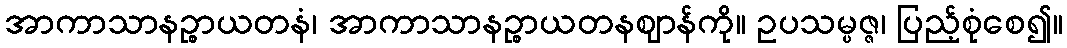
အာကာသာနဉ္စာယတနံ၊ အာကာသာနဉ္စာယတနဈာန်ကို။ ဥပသမ္ပဇ္ဇ၊ ပြည့်စုံစေ၍။